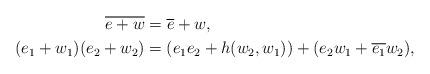
LaTeX: \begin{align*}\overline{e+w} &= \overline{e}+w, \\(e_1+w_1)(e_2+w_2) &= (e_1e_2+h(w_2,w_1))+(e_2 w_1+\overline{e_1} w_2),\end{align*}